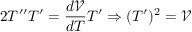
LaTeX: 2 T ^ { \prime \prime } T ^ { \prime } = \frac { d \mathcal { V } } { d T } T ^ { \prime } \Rightarrow ( T ^ { \prime } ) ^ { 2 } = \mathcal { V }